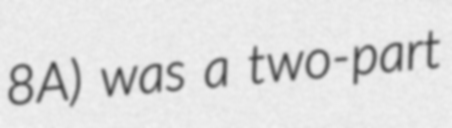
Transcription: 8A) was a two-part